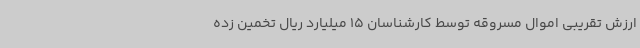
ارزش تقریبی اموال مسروقه توسط کارشناسان 15 میلیارد ریال تخمین زده